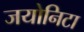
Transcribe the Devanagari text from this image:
जयोनिटा